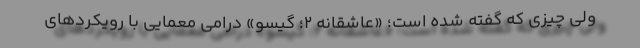
ولی چیزی که گفته شده است؛ «عاشقانه 2؛ گیسو» درامی معمایی با رویکردهای